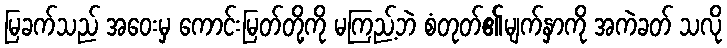
မြခက်သည် အဝေးမှ ကောင်းမြတ်တို့ကို မကြည့်ဘဲ စံတုတ်၏မျက်နှာကို အကဲခတ် သလို